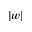
| w |